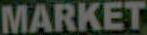
MARKET